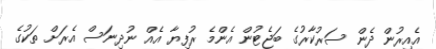
އެއިރުން ދެން ސަރުކާރުގެ ބަޖެޓުން އެންމެ ރުފިޔާ އެއް ނުދިނަސް އެރަށް ތަކުގެ